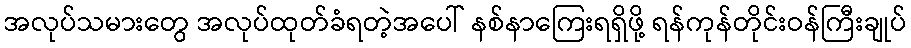
အလုပ်သမားတွေ အလုပ်ထုတ်ခံရတဲ့အပေါ် နစ်နာကြေးရရှိဖို့ ရန်ကုန်တိုင်းဝန်ကြီးချုပ်